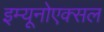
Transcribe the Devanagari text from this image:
इम्यूनोएक्सल